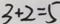
3 + 2 = 5